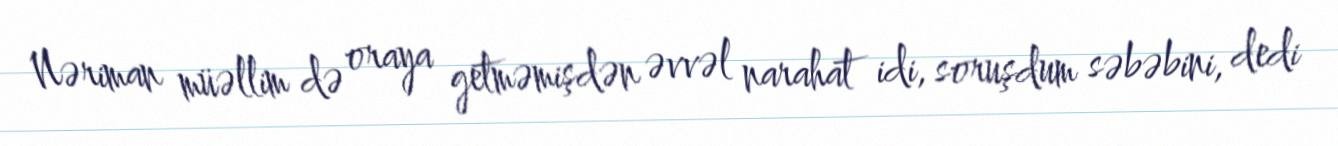
Nəriman müəllim də oraya getməmişdən əvvəl narahat idi, soruşdum səbəbini, dedi